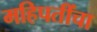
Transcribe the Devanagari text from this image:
महिपतींचा